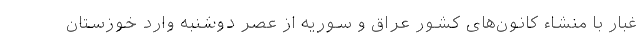
غبار با منشاء کانون‌های کشور عراق و سوریه از عصر دوشنبه وارد خوزستان